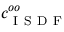
c _ { \mathrm { ~ I ~ S ~ D ~ F ~ } } ^ { o o }